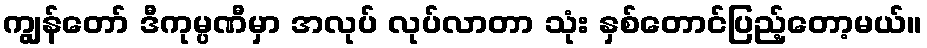
ကျွန်တော် ဒီကုမ္ပဏီမှာ အလုပ် လုပ်လာတာ သုံး နှစ်တောင်ပြည့်တော့မယ်။